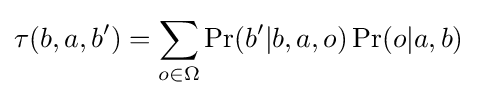
\tau (b,a,b')=\sum _{o\in \Omega }\Pr(b'|b,a,o)\Pr(o|a,b)